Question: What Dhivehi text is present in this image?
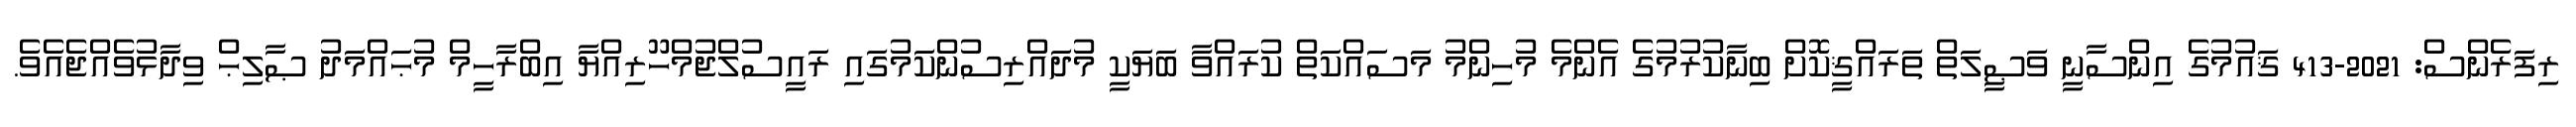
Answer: ރިފަރެންސް: 2021-413 ޤައުމުގެ އިންސާނީ ވަޞީލަތް ތަރައްޤީކޮށް ބިނާކުރުމުގެ އެންމެ މުހިންމު މަސައްކަތް ކުރައްވާ ބަޔަކީ މުދައްރިސުންކަމުގައި ރައީސުލްޖުމްހޫރިއްޔާ އިބްރާހީމް މުޙައްމަދު ޞާލިޙް ވިދާޅުވެއްޖެއެވެ.